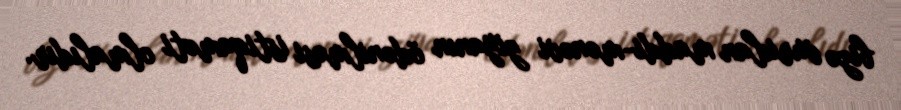
bizə vurulan maddi-mənəvi ziyanın ödənilməsi istiqaməti olmalıdır.